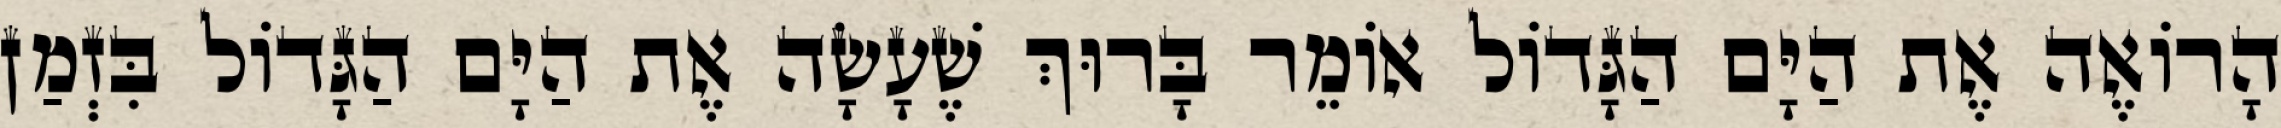
הָרוֹאֶה אֶת הַיָּם הַגָּדוֹל אוֹמֵר בָּרוּךְ שֶׁעָשָׂה אֶת הַיָּם הַגָּדוֹל בִּזְמַן